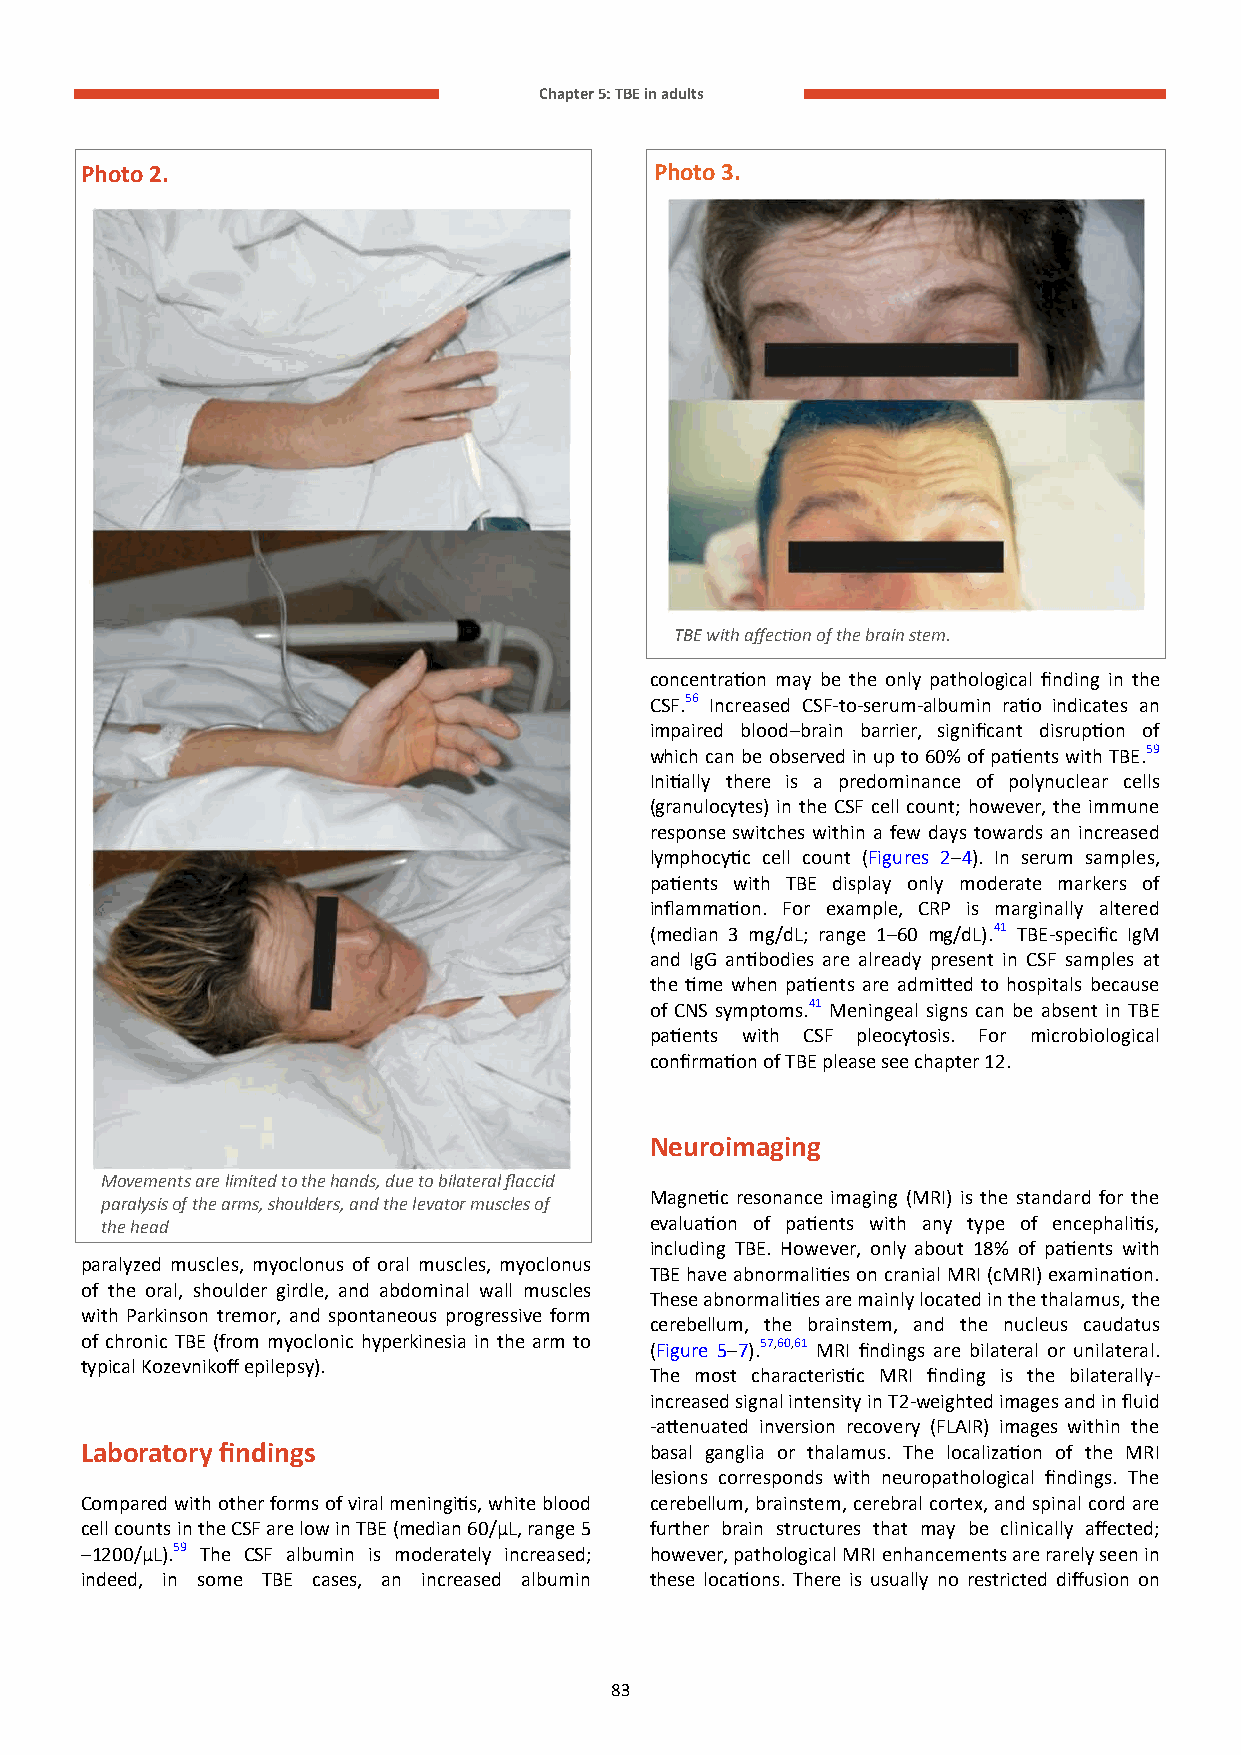
Chapter 5: TBE in adults
 Photo 2.                              Photo 3.
 TBE with affection of the brain stem.
 concentration may be the only pathological finding in the
 CSF.56 Increased CSF-to-serum-albumin ratio indicates an
 impaired blood–brain barrier, significant disruption of
 which can be observed in up to 60% of patients with TBE.59
 Initially there is a predominance of polynuclear cells
 (granulocytes) in the CSF cell count; however, the immune
 response switches within a few days towards an increased
 lymphocytic cell count (Figures 2–4). In serum samples,
 patients with TBE display only moderate markers of
 inflammation. For example, CRP is marginally altered
 (median 3 mg/dL; range 1–60 mg/dL).41 TBE-specific IgM
 and IgG antibodies are already present in CSF samples at
 the time when patients are admitted to hospitals because
 of CNS symptoms.41 Meningeal signs can be absent in TBE
 patients with CSF pleocytosis. For microbiological
 confirmation of TBE please see chapter 12.
 Neuroimaging
 Movements are limited to the hands, due to bilateral flaccid
 Magnetic resonance imaging (MRI) is the standard for the
 paralysis of the arms, shoulders, and the levator muscles of
 the head                            evaluation of patients with any type of encephalitis,
 including TBE. However, only about 18% of patients with
 paralyzed muscles, myoclonus of oral muscles, myoclonus
 TBE have abnormalities on cranial MRI (cMRI) examination.
 of the oral, shoulder girdle, and abdominal wall muscles
 These abnormalities are mainly located in the thalamus, the
 with Parkinson tremor, and spontaneous progressive form
 cerebellum, the brainstem, and the nucleus caudatus
 of chronic TBE (from myoclonic hyperkinesia in the arm to (Figure 5–7).57,60,61 MRI findings are bilateral or unilateral.
 typical Kozevnikoff epilepsy).
 The most characteristic MRI finding is the bilaterally-
 increased signal intensity in T2-weighted images and in fluid
 -attenuated inversion recovery (FLAIR) images within the
 Laboratory findings                   basal ganglia or thalamus. The localization of the MRI
 lesions corresponds with neuropathological findings. The
 Compared with other forms of viral meningitis, white blood cerebellum, brainstem, cerebral cortex, and spinal cord are
 cell counts in the CSF are low in TBE (median 60/µL, range 5 further brain structures that may be clinically affected;
 –1200/µL).59 The CSF albumin is moderately increased; however, pathological MRI enhancements are rarely seen in
 indeed, in some TBE cases, an increased albumin these locations. There is usually no restricted diffusion on
 83